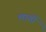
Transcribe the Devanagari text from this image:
लार्वी